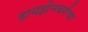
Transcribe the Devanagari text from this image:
हायझेनबर्गचा